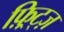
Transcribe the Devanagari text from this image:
फ़्रिट्ज़